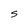
Character: S